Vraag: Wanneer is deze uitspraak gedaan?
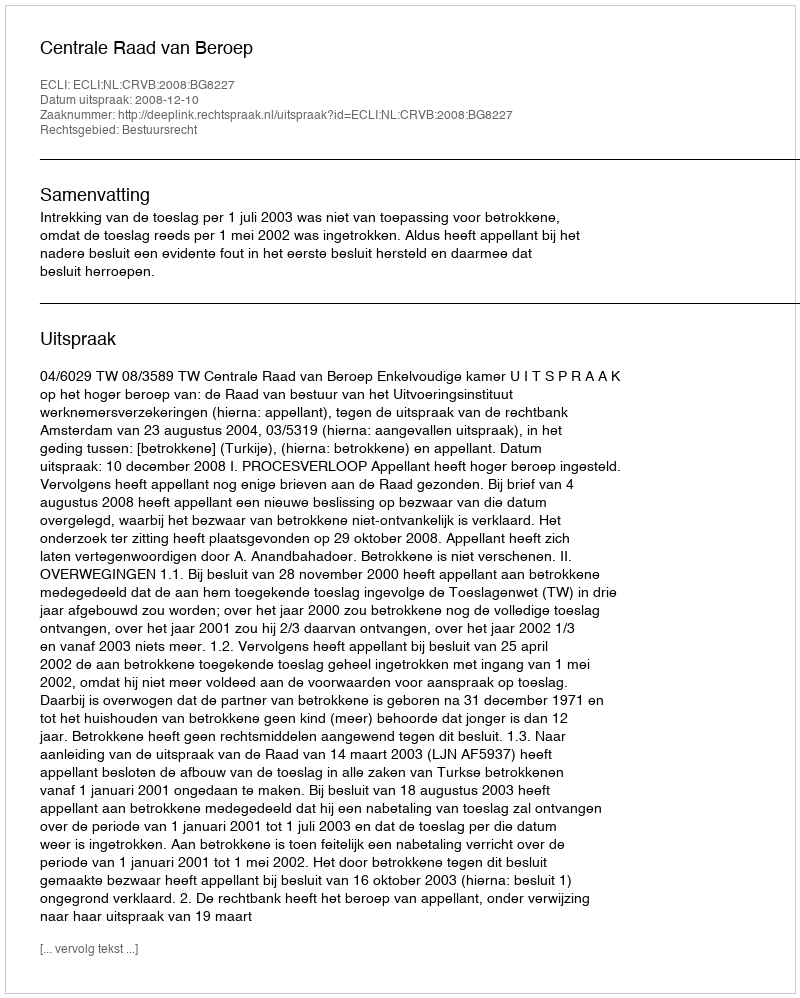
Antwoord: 2008-12-10